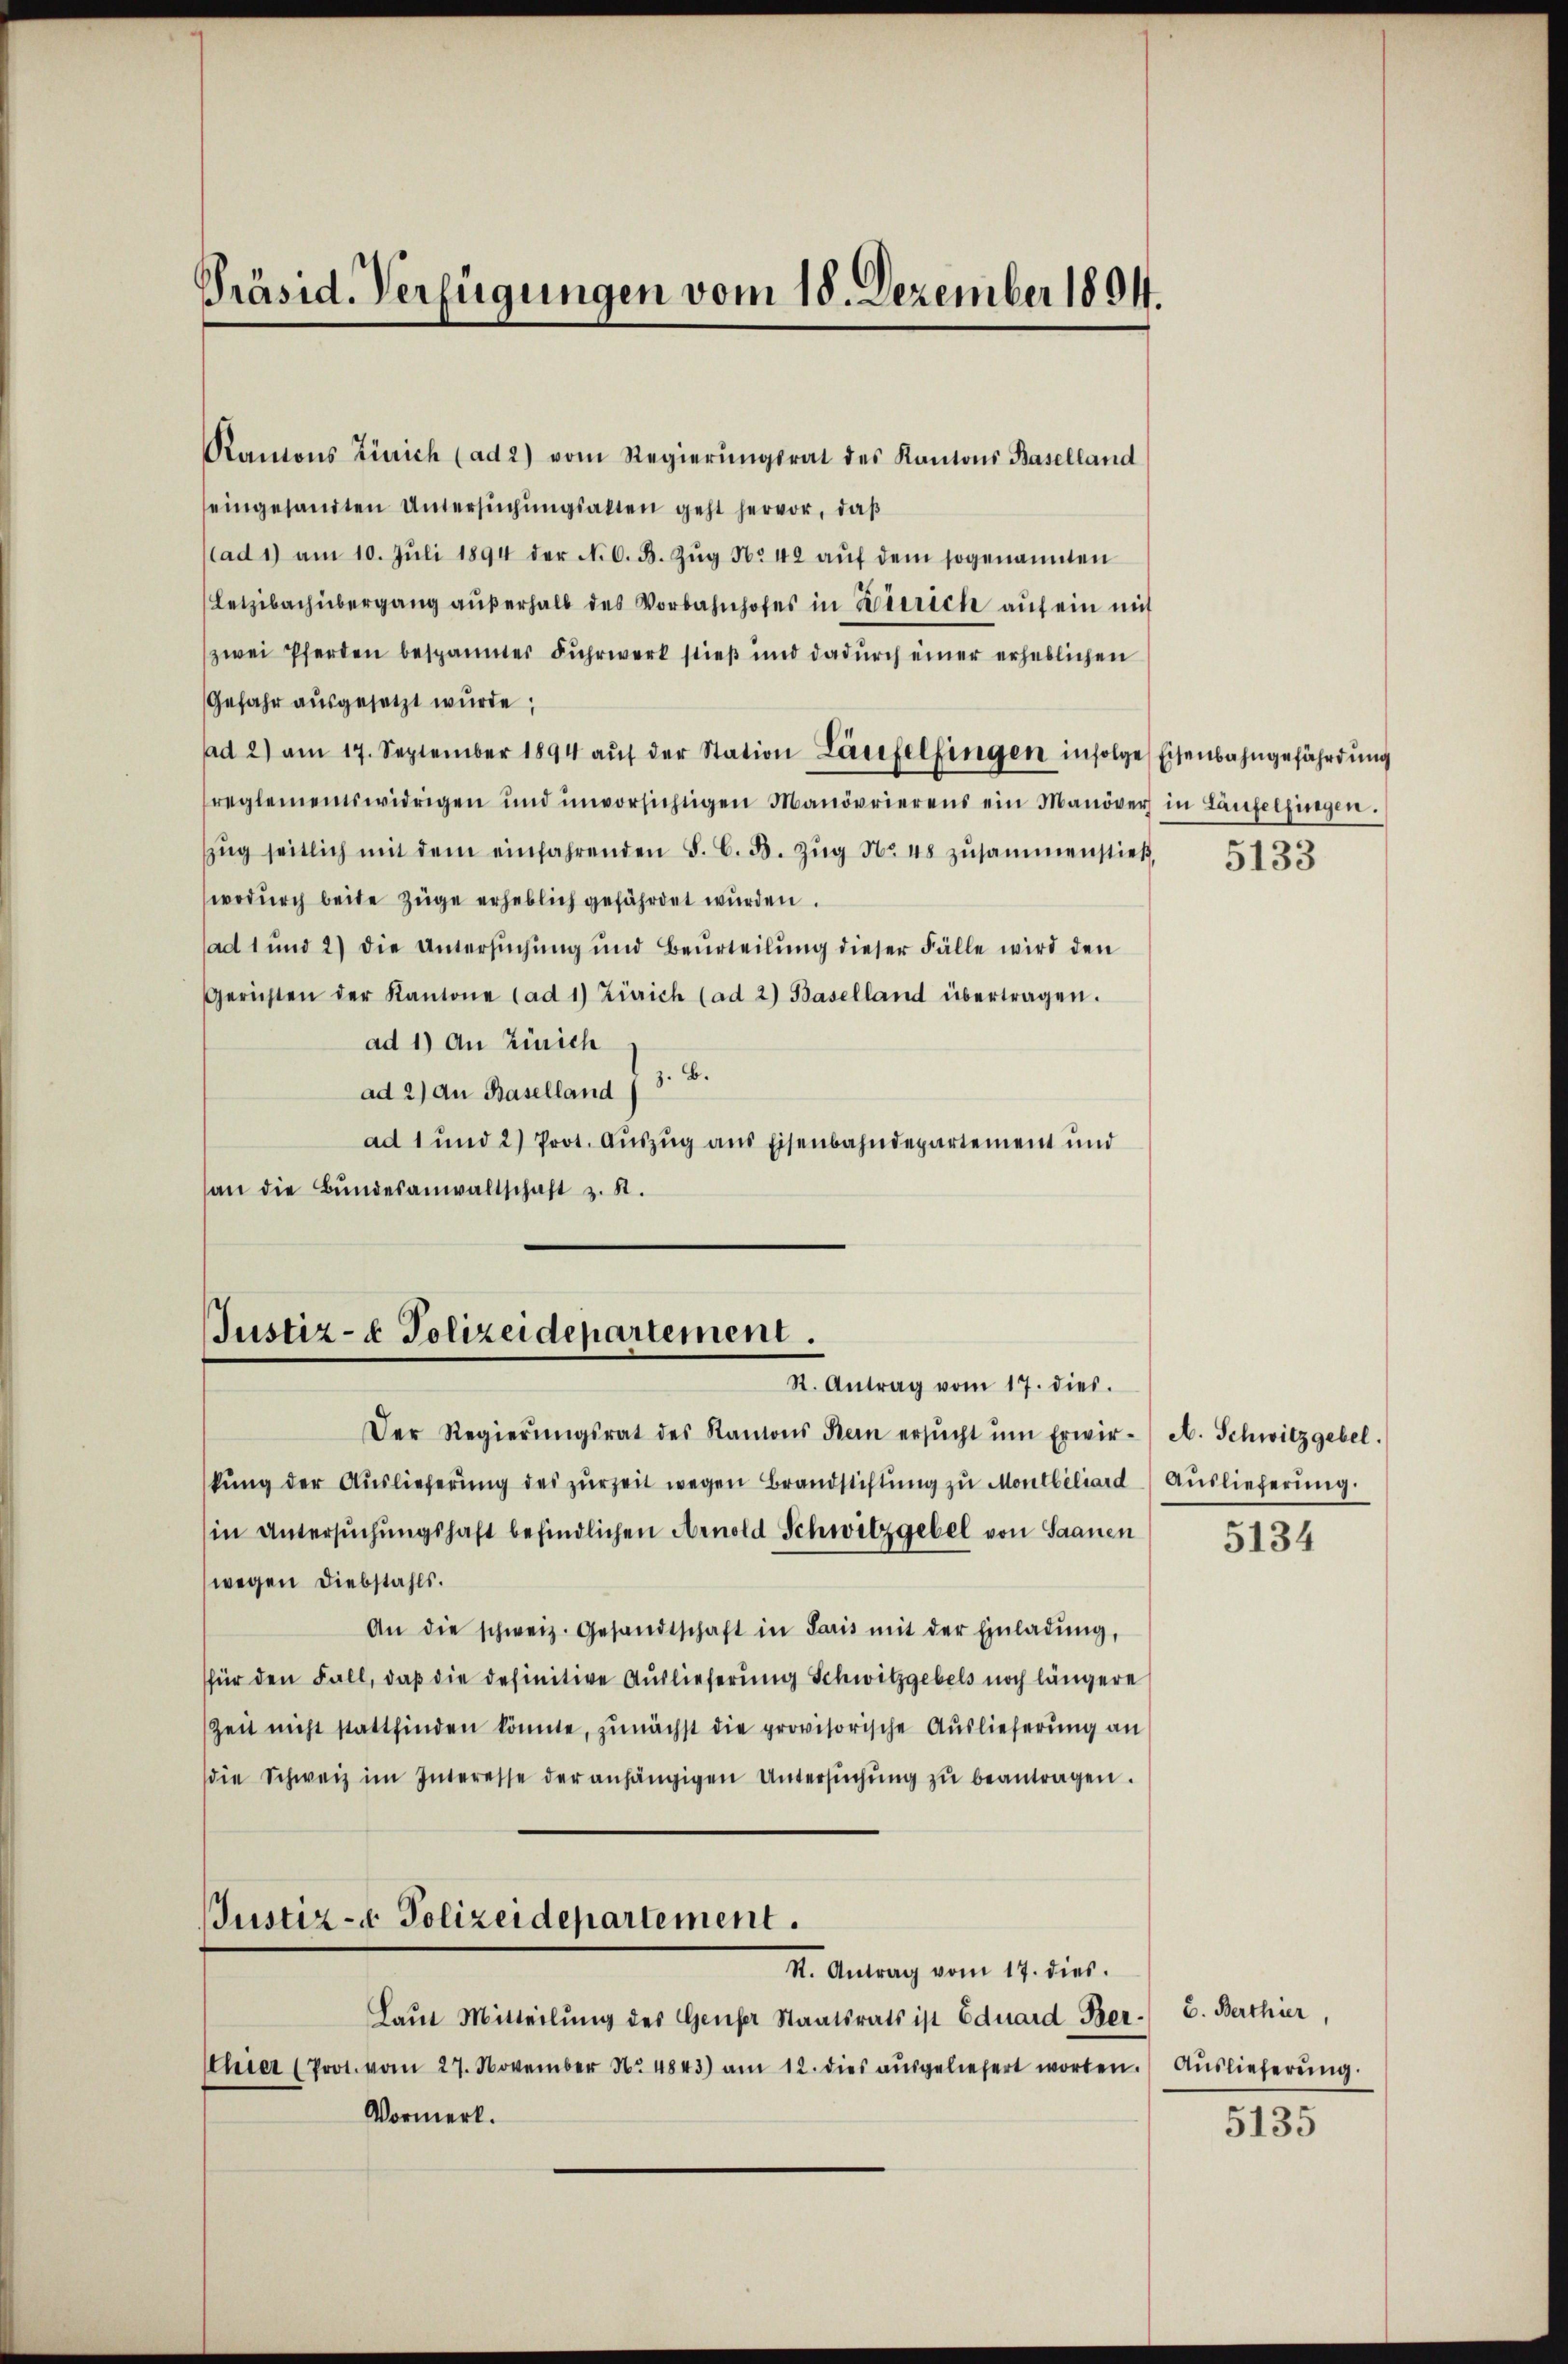
Präsid. Verfügungen vom 18. Dezember 1894.

Kantons Zürich (ad 2) vom Regierŭngsrat des Kantons Baselland
eingesandten Untersuchungsalten geht hervor, daß
(ad 1) am 10. Jŭli 1894 der N. O. B. Zŭg No 42 aŭf dem sogenannten
Letzibach übergang aŭβerhalb des Vorbahnhofes in Zürich auf ein mit
zwei Pferden bespannter Fuhrwerk stieß und dadurch einer erheblichen
Gefahr ausgesetzt wurde;
ad 2) am 17. September 1894 aŭf der Station Laufelfingen infolge Eisenbahngefährdung
reglementswidrigen ŭnd ŭnvorsichtigen Manövrierens ein Manöver in Laufelfingen.
zŭg seitlich mit dem einfahrenden S. C. d. Zŭg No 48 zŭsammenstieß,
wodŭrch beide Züge erheblich gefährdet wurden.
ad 1 und 2) die Untersuchung und Beurteilung dieser Fälle wird den
Gerichten der Kantone (ad 1) Zürich (ad 2) Baselland übertragen.
ad 1) An Zürich
ad 2.) An Baselland I 3. B.
ad 1 und 2) Prot. Auszug aus Eisenbahndepartement und
an die Bŭndesanwaltschaft z. R.

Justiz- & Polizeidepartement.
St. Antrag vom 17. dies.

Der Regierŭngsrat des Kantons Bern ersŭcht ŭm Erwir- A. Schwitzgebel.
kŭng der Auslieferŭng des zŭrzeit wegen Brandstiftŭng zu Montbiliard Auslieferung.
in Untersuchungshaft befindlichen Arnold Schwitzgebel von Saanen
wegen Diebstahls.
An die schweiz. Gesandtschaft in Paris mit der Einladŭng,
für den Fall, daß die definitive Auslieferung Schwitzgebels noch längere
Zeit nicht stattfinden könnte, zunächst die provisorische Auslieferung an
die Schweiz im Interesse der anhängigen Untersŭchŭng zŭ beantragen.
Justiz- & Polizeidepartement.
St. Antrag vom 17. dies.
Laut Mitteilung des Genser Staatsrats ist Eduard Ber- E. Berthier,
hier (Prot. vom 27. November No 4843) am 12. dies aŭsgeliefert worten. Aŭslieferŭng.
Vormerk.

5133

5134

5135